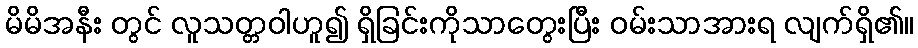
မိမိအနီး တွင် လူသတ္တဝါဟူ၍ ရှိခြင်းကိုသာတွေးပြီး ဝမ်းသာအားရ လျက်ရှိ၏။